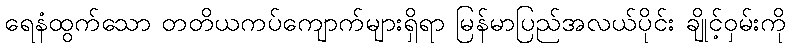
ရေနံထွက်သော တတိယကပ်ကျောက်များရှိရာ မြန်မာပြည်အလယ်ပိုင်း ချိုင့်ဝှမ်းကို